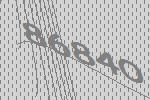
86840